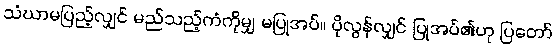
သံဃာမပြည့်လျှင် မည်သည့်ကံကိုမျှ မပြုအပ်။ ပိုလွန်လျှင် ပြုအပ်၏ဟု ပြတော်